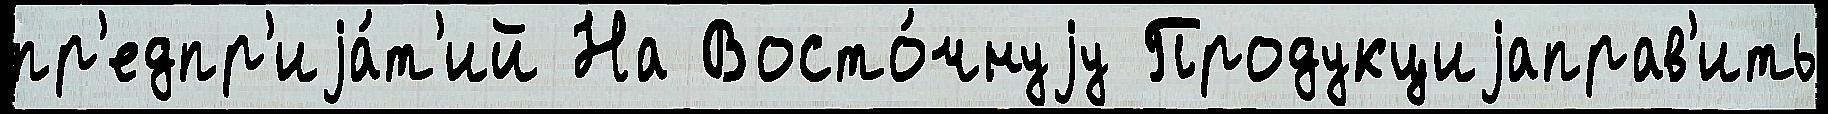
пр'едпр'иjа́т'ий На Восто́чнуjу Продукциjаправ'ить